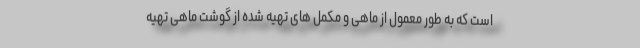
است که به طور معمول از ماهی و مکمل های تهیه شده از گوشت ماهی تهیه